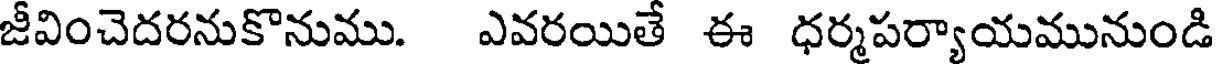
జీవించెదరనుకొనుము. ఎవరయితే ఈ ధర్మపర్యాయమునుండి